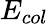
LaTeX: E_{col}